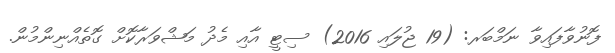
ފޮނުވާފައިވާ ނަމްބަރ: (19 ޖުލައި 2016) ސިޓީ އާއި މެދު މަޝްވަރާކޮށް ގޮތެއްނިންމުން.